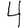
Digit: 4